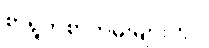
စာရွက်စာတမ်းများတွင်